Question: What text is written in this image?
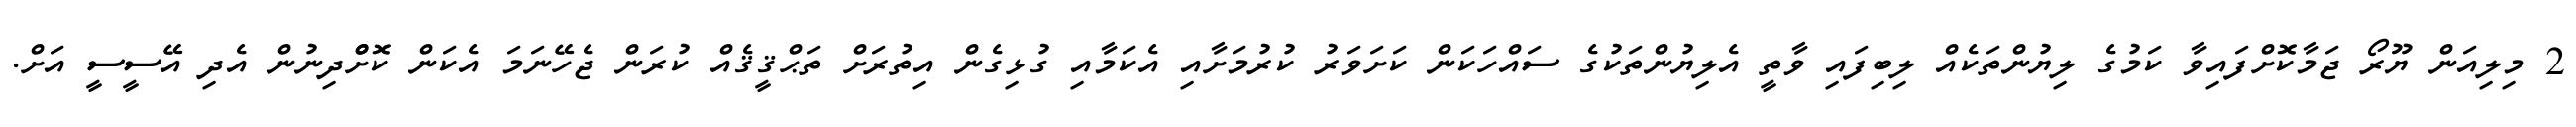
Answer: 2 މިލިއަން ޔޫރޯ ޖަމާކޮށްފައިވާ ކަމުގެ ލިޔުންތަކެއް ލިބިފައި ވާތީ އެލިޔުންތަކުގެ ސައްހަކަން ކަށަވަރު ކުރުމަށާއި އެކަމާއި ގުޅިގެން އިތުރަށް ތަޙްޤީޤެއް ކުރަން ޖެހޭނަމަ އެކަން ކޮށްްދިނުން އެދި އޭސީސީ އަށް.